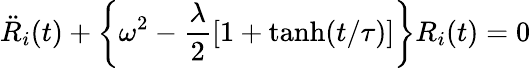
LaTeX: \ddot{R}_{i}(t)+\left\{ \omega^{2}-\frac{\lambda}{2}[1+\operatorname{tanh}(t/\tau)]\right\} R_{i}(t)=0